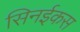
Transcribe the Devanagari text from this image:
सिनईकस